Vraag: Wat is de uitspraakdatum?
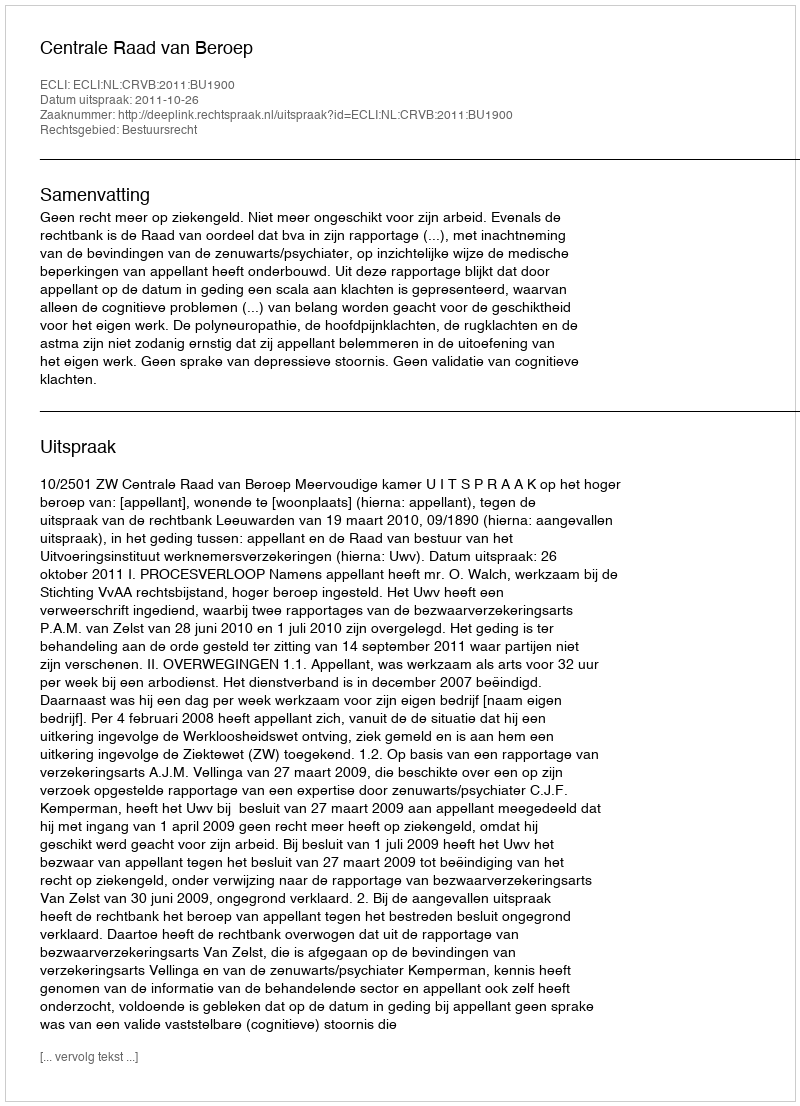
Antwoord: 2011-10-26